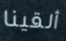
ألقينا